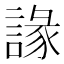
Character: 䛹